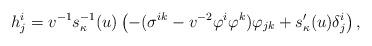
LaTeX: \begin{align*} h_j^i=v^{-1}s^{-1}_{\kappa}(u)\left(-(\sigma^{ik}-v^{-2}\varphi^i\varphi^k)\varphi_{jk}+s'_{\kappa}(u)\delta_j^i\right),\end{align*}